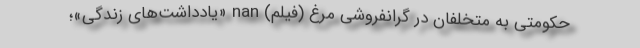
حکومتی به متخلفان در گرانفروشی مرغ (فیلم) nan «یادداشت‌های زندگی»؛